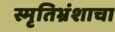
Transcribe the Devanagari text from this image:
स्मृतिभ्रंशाचा